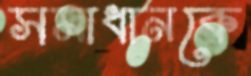
সমাধানকে